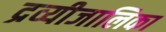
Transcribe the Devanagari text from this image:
द्रव्यीजालिका